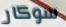
سوكار